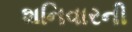
શનિવારની